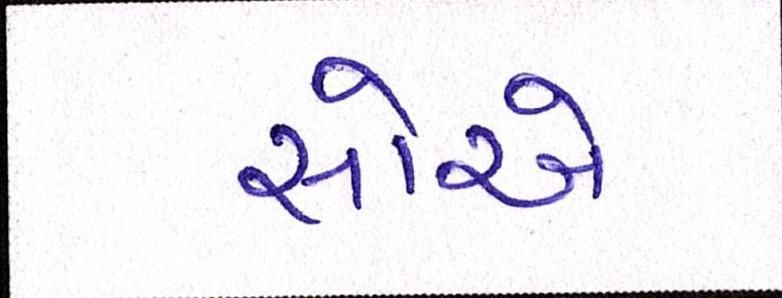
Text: સોએ